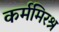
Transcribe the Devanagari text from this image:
कर्ममिरश्र